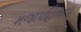
મજાપહિતના